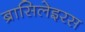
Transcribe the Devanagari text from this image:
ब्रासिलेइरस